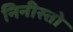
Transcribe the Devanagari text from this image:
निनीस्तो